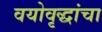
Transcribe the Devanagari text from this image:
वयोवृद्धांचा